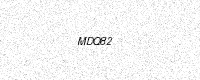
Text: MDQ82